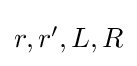
{\textstyle r,r^{\prime },L,R}